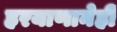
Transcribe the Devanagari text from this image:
हरयाणानेही